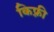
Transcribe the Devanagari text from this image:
किफ़्री